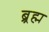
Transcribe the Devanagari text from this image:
ब्र्रह्म